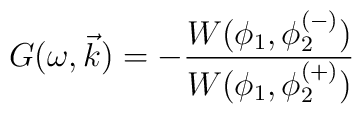
G(\omega ,\vec{k})=-\frac{W(\phi _{1},\phi _{2}^{(-)})}{W(\phi _{1},\phi_{2}^{(+)})}